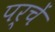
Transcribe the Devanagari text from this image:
पर्चें